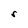
Character: r